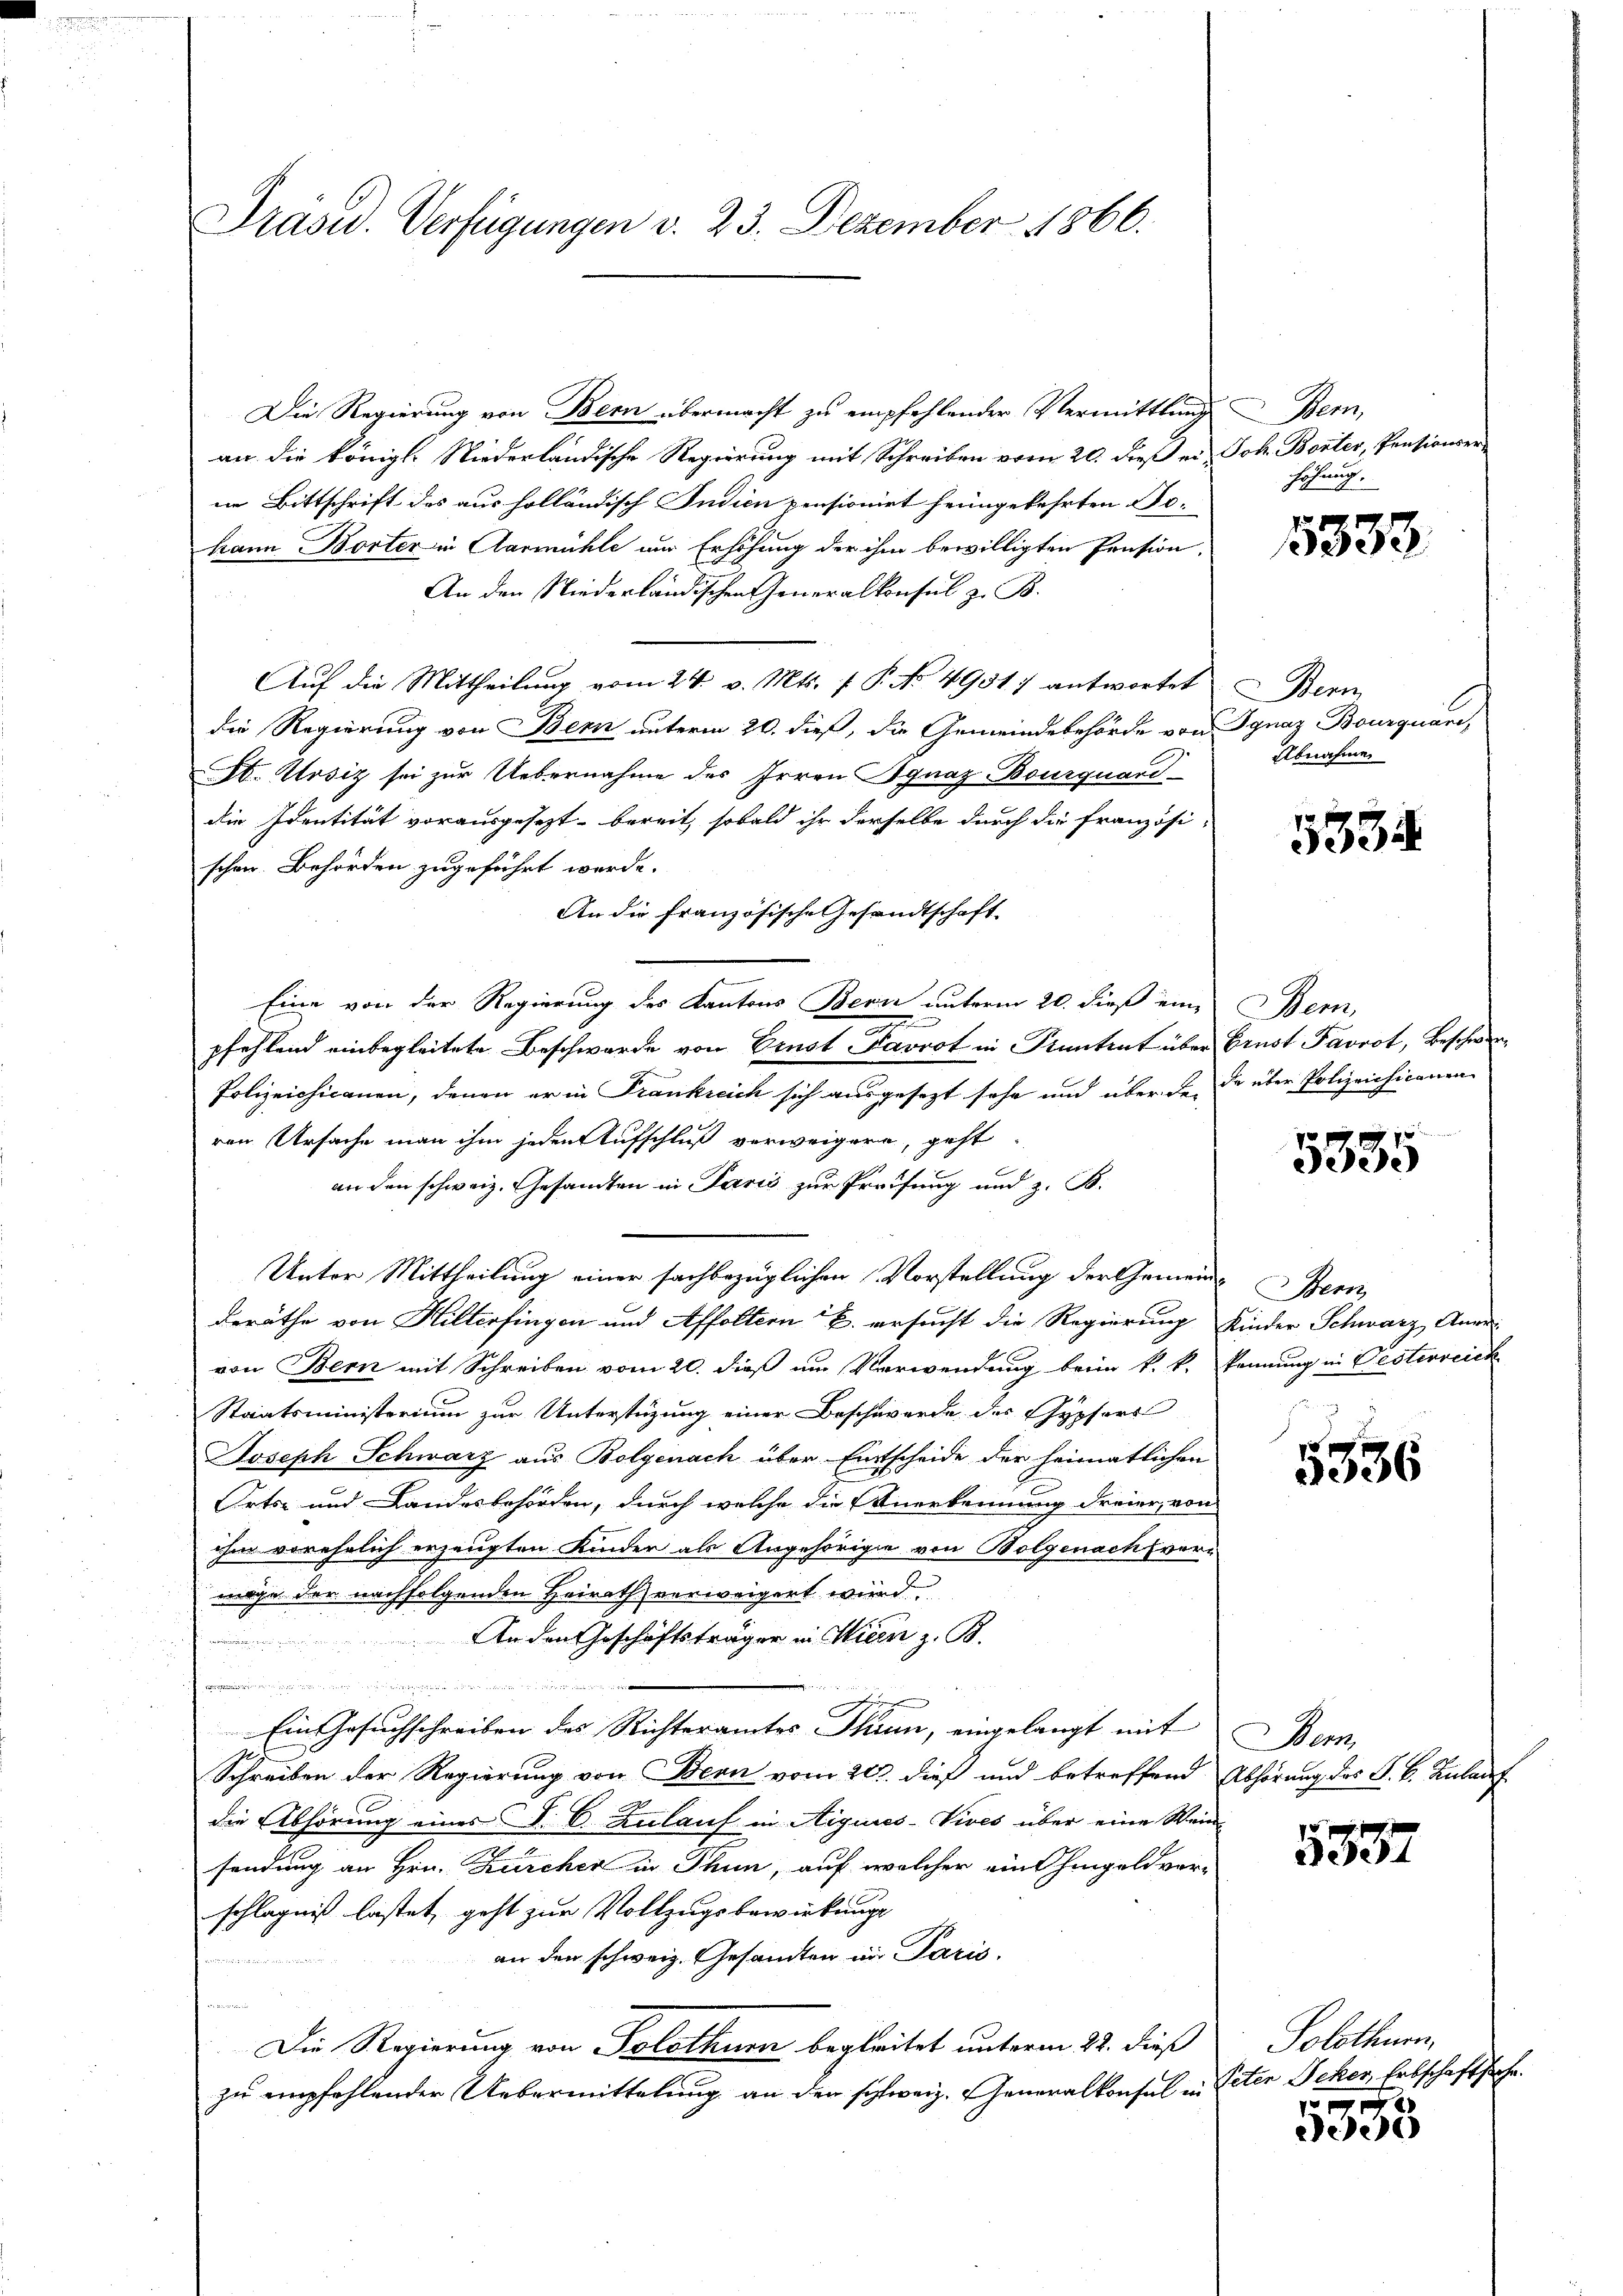
Präsid. Verfügungen d. 23. Dezember 1866.

Die Regierung von Bern übermacht zu empfehlender Vermittlung Bern,
an die königl. Niederländische Regierung mit Schreiben vom 20. dieß er Joh. Boster, Pensionser-
ne Bittschrift des aus holländisch Indien pensionirt heimgekehrten Jo-
kann Borter in Aarmühle nur Erhöhung der ihm bewilligten Pension,
An den Niederländischen Generalkonsul z. B.
Auf die Mittheilung vom 24. v. Mts. f. P. No 4951) antwortet
die Regierung von Bern unterm 20. dieß, die Gemeindebehörde von Ignaz Bourquare,
St. Ursiz sei zur Uebernahme des Irren Ignaz Bourquand
die Identität vorausgesezt bereit, sobald ihr derselbe durch die französi-
schen. Behörden zugeführt werde.
An die französische Gesandtschaft
Eine von der Regierung des Kantons Bern unterm 20. dieß eine Bern,
.
pfehlend einbegleitete Beschwerde von Ernst Favrot in Stantent über
Polizeichicanen, denen er in Frankreich sich ausgesezt sehr und über der
ren Ursache man ihm jeden Aufschluß verweigern, geht
an den schweiz. Gesandten in Paris zur Preifung und z. B.
Unter Mittheilung einer sachbezüglichen Vorstellung der Gemeine Bern,
deräthe von Hilterfingen und Affoltern B. ersucht die Regierung
von Bern mit Schreiben vom 20. dieß am Verwendung beim k. k.
Staatsministerium zur Unterstüzung einer Beschwerde der Gypfers
Joseph Schwarz aus Bolgenach über Entscheide der heimatlichen
Orts- und Landesbehörden, durch welche die Anerkennung dreier, von
ihm vorehelich erzeugten Kinder als Angehörige von Bolgenach ver-
werge der nachfolgenden Heirath verweigert wird
An den Geschäftsträger in Wien z. B.
a
idung die in und in die eigen würde
Ein Gesuchschreiben des Richteramtes Thun, eingelangt mit
Schreiben der Regierung von Bern vom 20. dieß und betreffend
die Abhörung eines J. C. Zulauf in Aiguies-Vives über eine Wein
sendung an Hrn. Zürcher in Thun, auf welcher ein hingeld vor-
schlagnis lastet, geht zur Vollzugsbewirkungs
an den schweiz. Gesandten in Paris.
d
Die Regierung von Solothurn begleitet unterm 22. dieß
zu empfehlender Uebermittelung an den schweiz. Generalkonsul in

höhung.

15333

Bern
Abnahme

5334

Ernst Favrot, Beschwer
de über Polizeichicanen

5335

Kinder Schwarz Anre
kennung in Festerreich

5536

Nan
Abhörung des S. B. Zulauf

5357

Solothurn
Peten Seker, Erbschaftsache.
e

ee